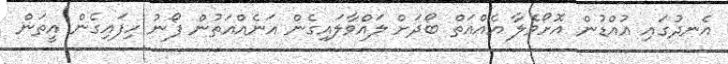
އެނދުގައި އުއްޑުން އޮށޯވެލާ އެއްއަތް ބޯދަށް ލައްވާލައިގެން އަނެއްއަތުން ފޯނު ހިފައިގެން އީތަން